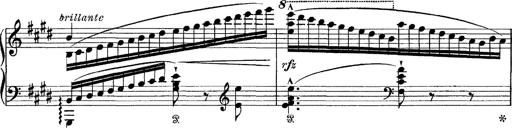
Title: Tarantelle di bravura dâ€™aprÃ¨s la tarantelle de La muette de Portici
Composer: Franz Liszt